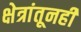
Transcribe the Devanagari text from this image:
क्षेत्रांतूनही